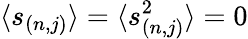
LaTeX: \langle s_{(n,j)}\rangle=\langle s_{(n,j)}^{2}\rangle=0